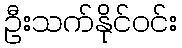
ဦးသက်နိုင်ဝင်း